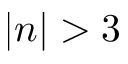
| n | > 3